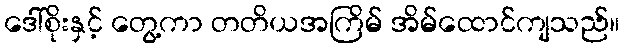
ဒေါ်စိုးနှင့် တွေ့ကာ တတိယအကြိမ် အိမ်ထောင်ကျသည်။